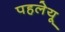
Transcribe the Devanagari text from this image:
पहलेयू